Loona_vallavalitsus_Kihelkonna_kihelkonnas, lk 70
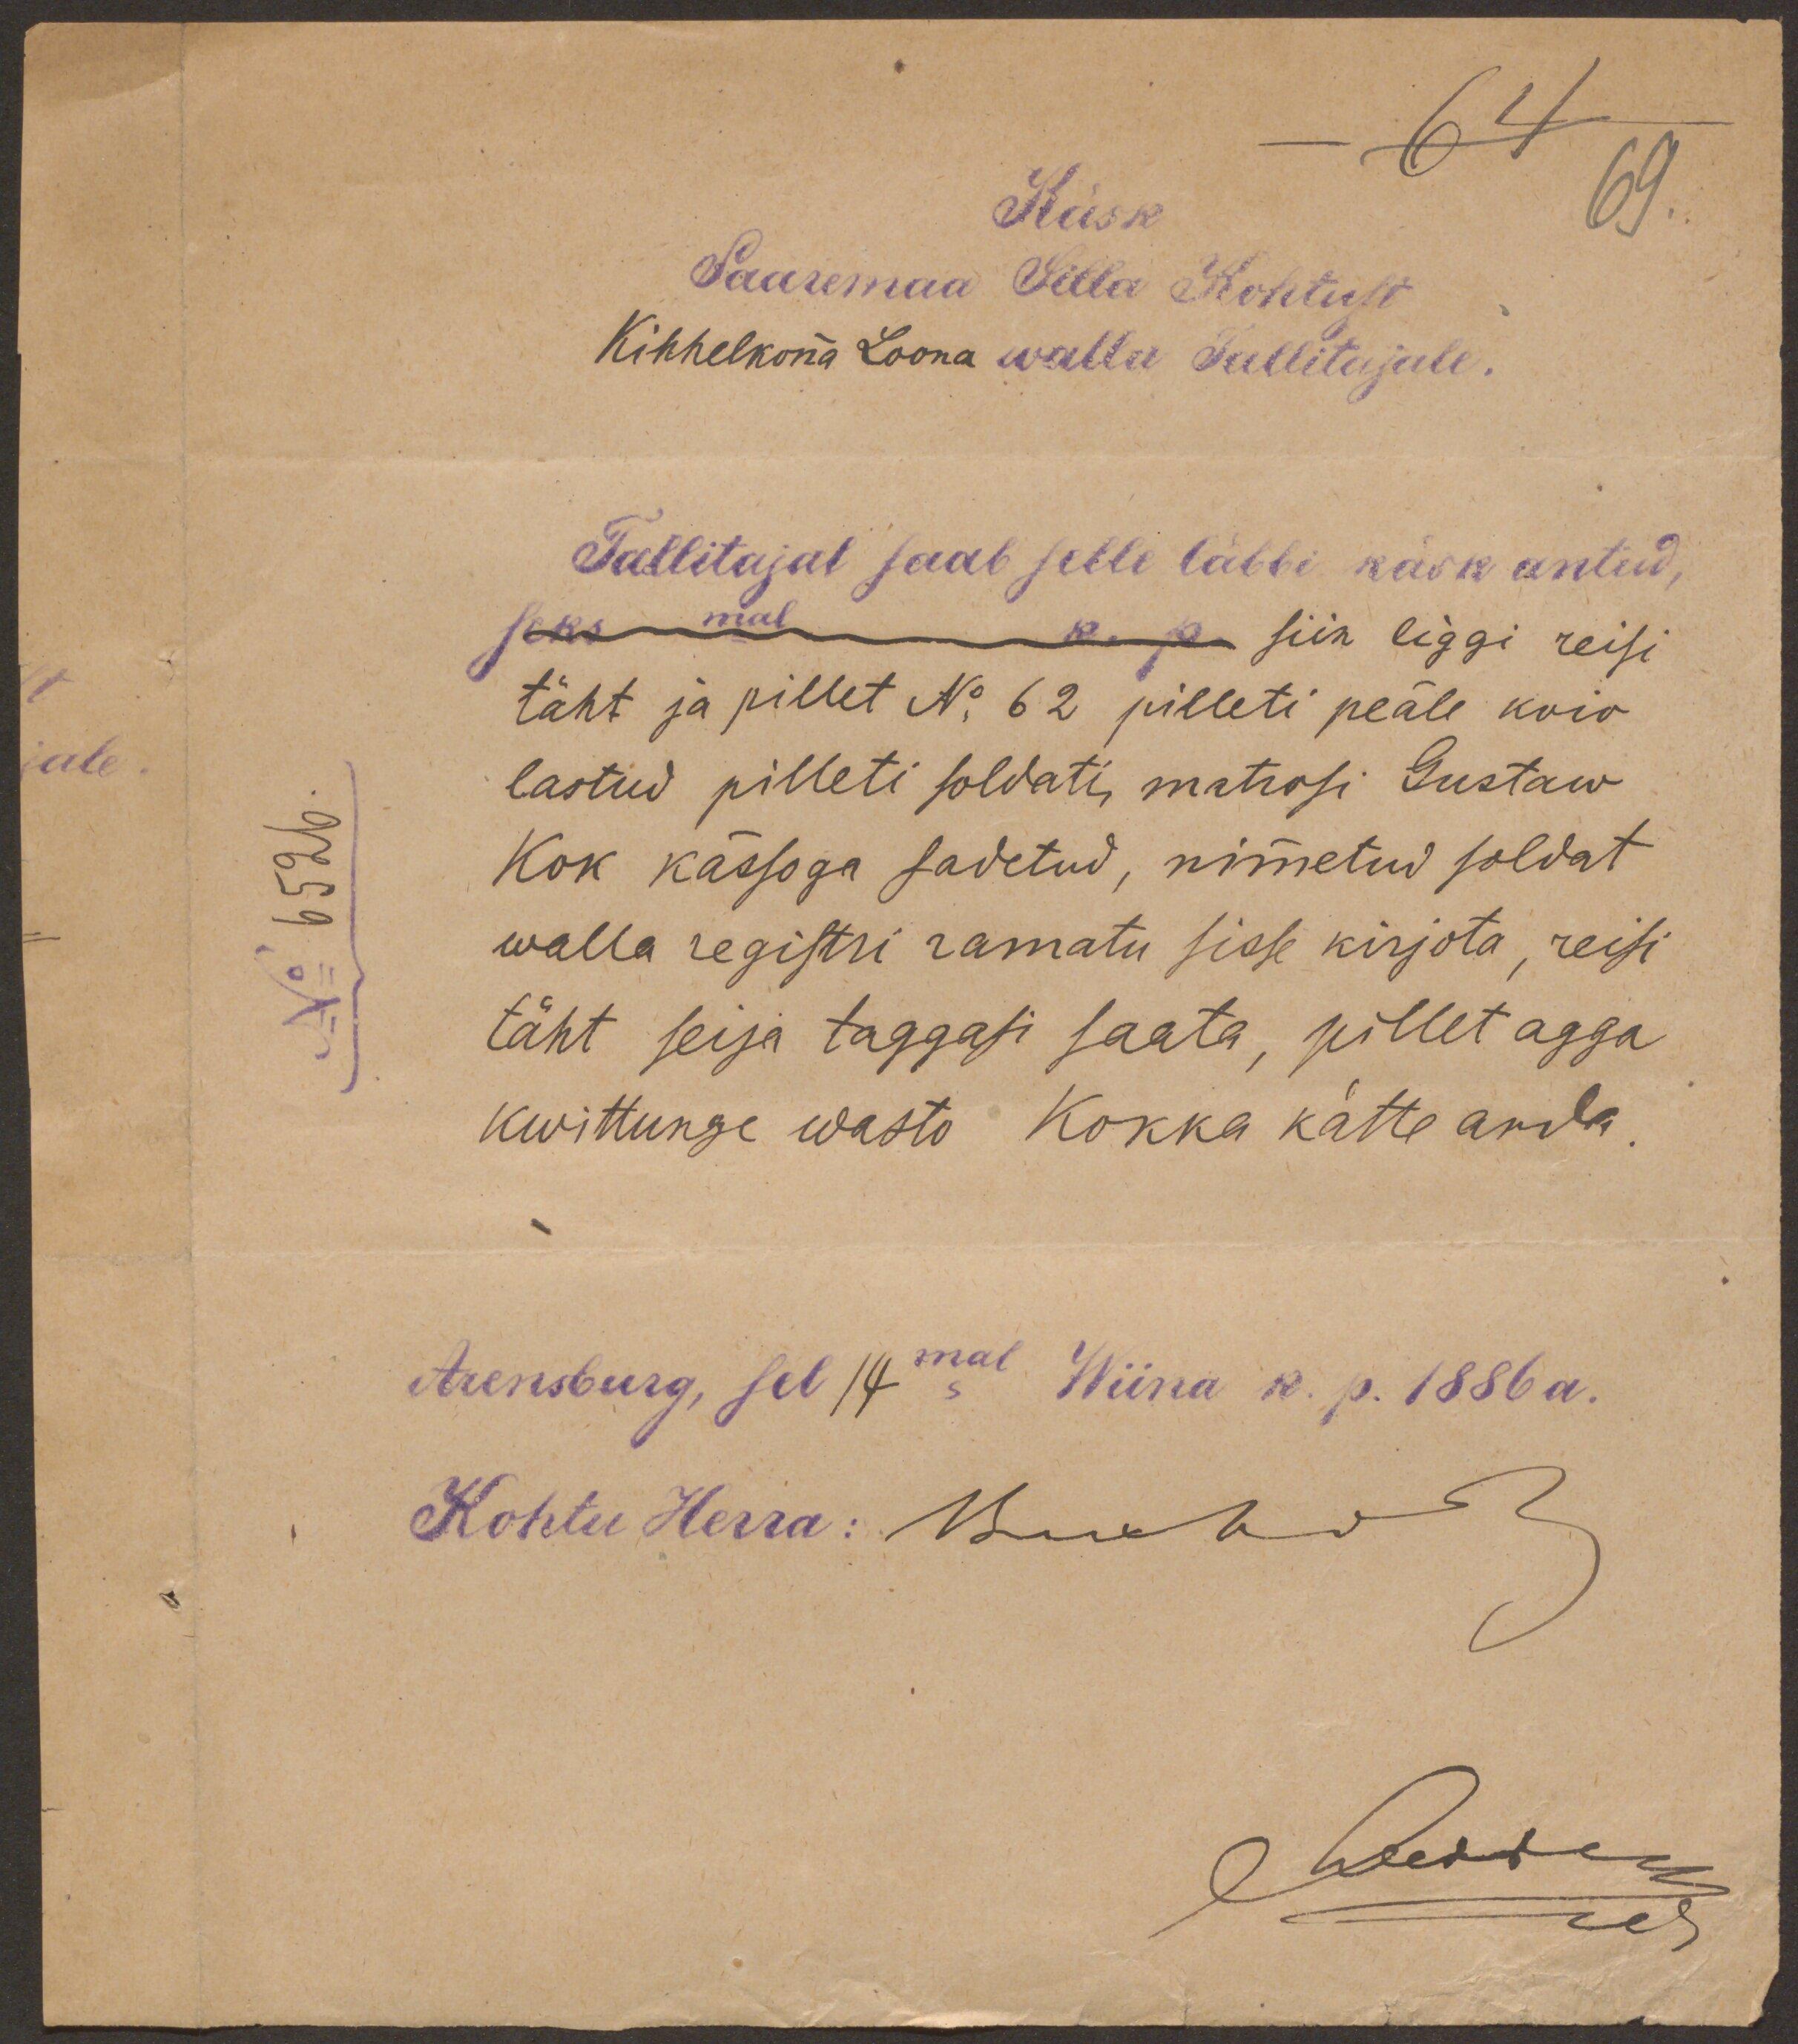
-64
Käsk
69.
Saaremaa Silla Kohtust
Kihhelkona Loona walla Tallitajale.
Tallitajal saab selle läbbi käsk antud,
seks mal k. p. siin liggi reisi
täht ja pillet No 62 pilleti peäle koio
lastud pilleti soldati matrosi Gustaw
No 6526
Kok kässoga sadetud, nimmetud soldat
walla registri ramatu sisse kirjota, reisi
täht seija taggasi saata, pillet agga
kwittunge wasto Kokka kätte anda.
Arensburg, sel 14mal Wiina k. p. 1886 a.
Kohtu Herra: Нико